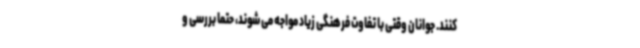
کنند. جوانان وقتی با تفاوت فرهنگی زیاد مواجه می شوند، حتما بررسی و